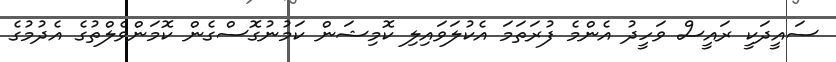
ސައީދަކީ ރައީސް ވަހީދު އެންމެ ފުރަތަމަ އެކުލަވައިލި ކޮމިޝަން ކަމުނުގޮސްގެން ކޮމަންވެލްތުގެ އެދުމުގެ